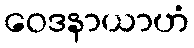
ဝေဒနာယာဟံ